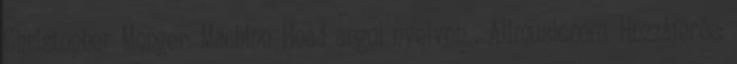
Christopher Monger: Machine Head angol nyelven . Allmusic.com. Hozzáférés: